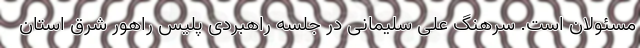
مسئولان است. سرهنگ علی سلیمانی در جلسه راهبردی پلیس راهور شرق استان